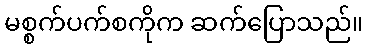
မစ္စက်ပက်စကိုက ဆက်ပြောသည်။